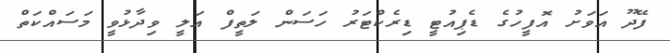
ފޭދޫ އަވަށު އޮފީހުގެ ޑެޕިއުޓީ ޑިރެކްޓަރު ހަސަން ލަތީފް އަލީ ވިދާޅުވީ މަސައްކަތް